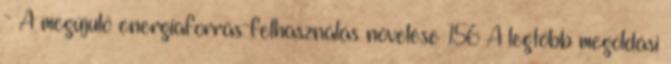
- A megújuló energiaforrás-felhasználás növelése 156 A legtöbb megoldási